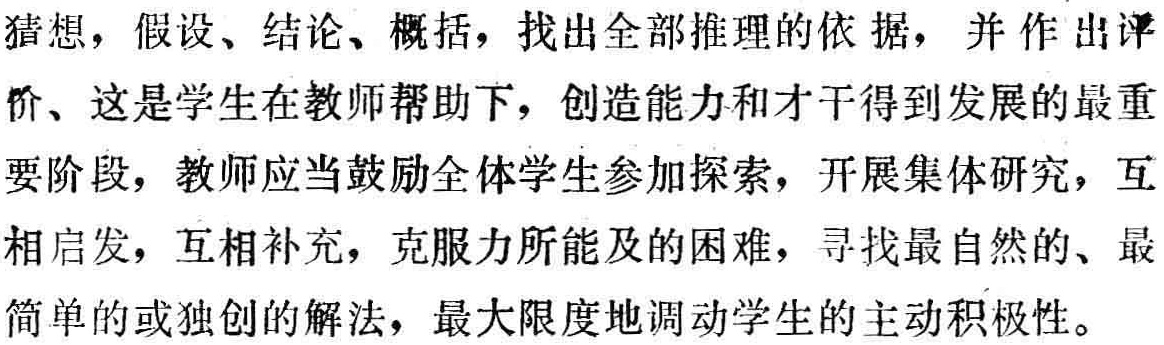
猜想，假设、结论、概括，找出全部推理的依据，并作出评

价、这是学生在教师帮助下，创造能力和才干得到发展的最重

要阶段，教师应当鼓励全体学生参加探索，开展集体研究，互

相启发，互相补充，克服力所能及的困难，寻找最自然的、最

简单的或独创的解法，最大限度地调动学生的主动积极性。